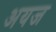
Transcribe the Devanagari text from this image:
अयज